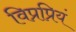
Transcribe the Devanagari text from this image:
विप्रप्रियं